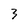
Character: 3